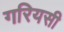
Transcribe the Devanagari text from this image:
गरियसी